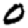
Digit: 0